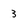
Character: 3